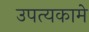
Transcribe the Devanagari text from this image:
उपत्यकामे